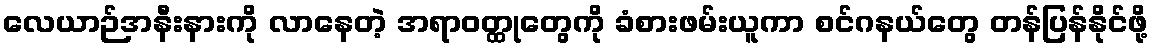
လေယာဉ်အနီးနားကို လာနေတဲ့ အရာဝတ္ထုတွေကို ခံစားဖမ်းယူကာ စင်ဂနယ်တွေ တန်ပြန်နိုင်ဖို့